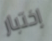
إختبار